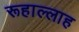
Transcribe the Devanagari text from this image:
रूहाल्लाह